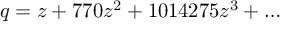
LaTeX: q = z + 7 7 0 z ^ { 2 } + 1 0 1 4 2 7 5 z ^ { 3 } + \ldots